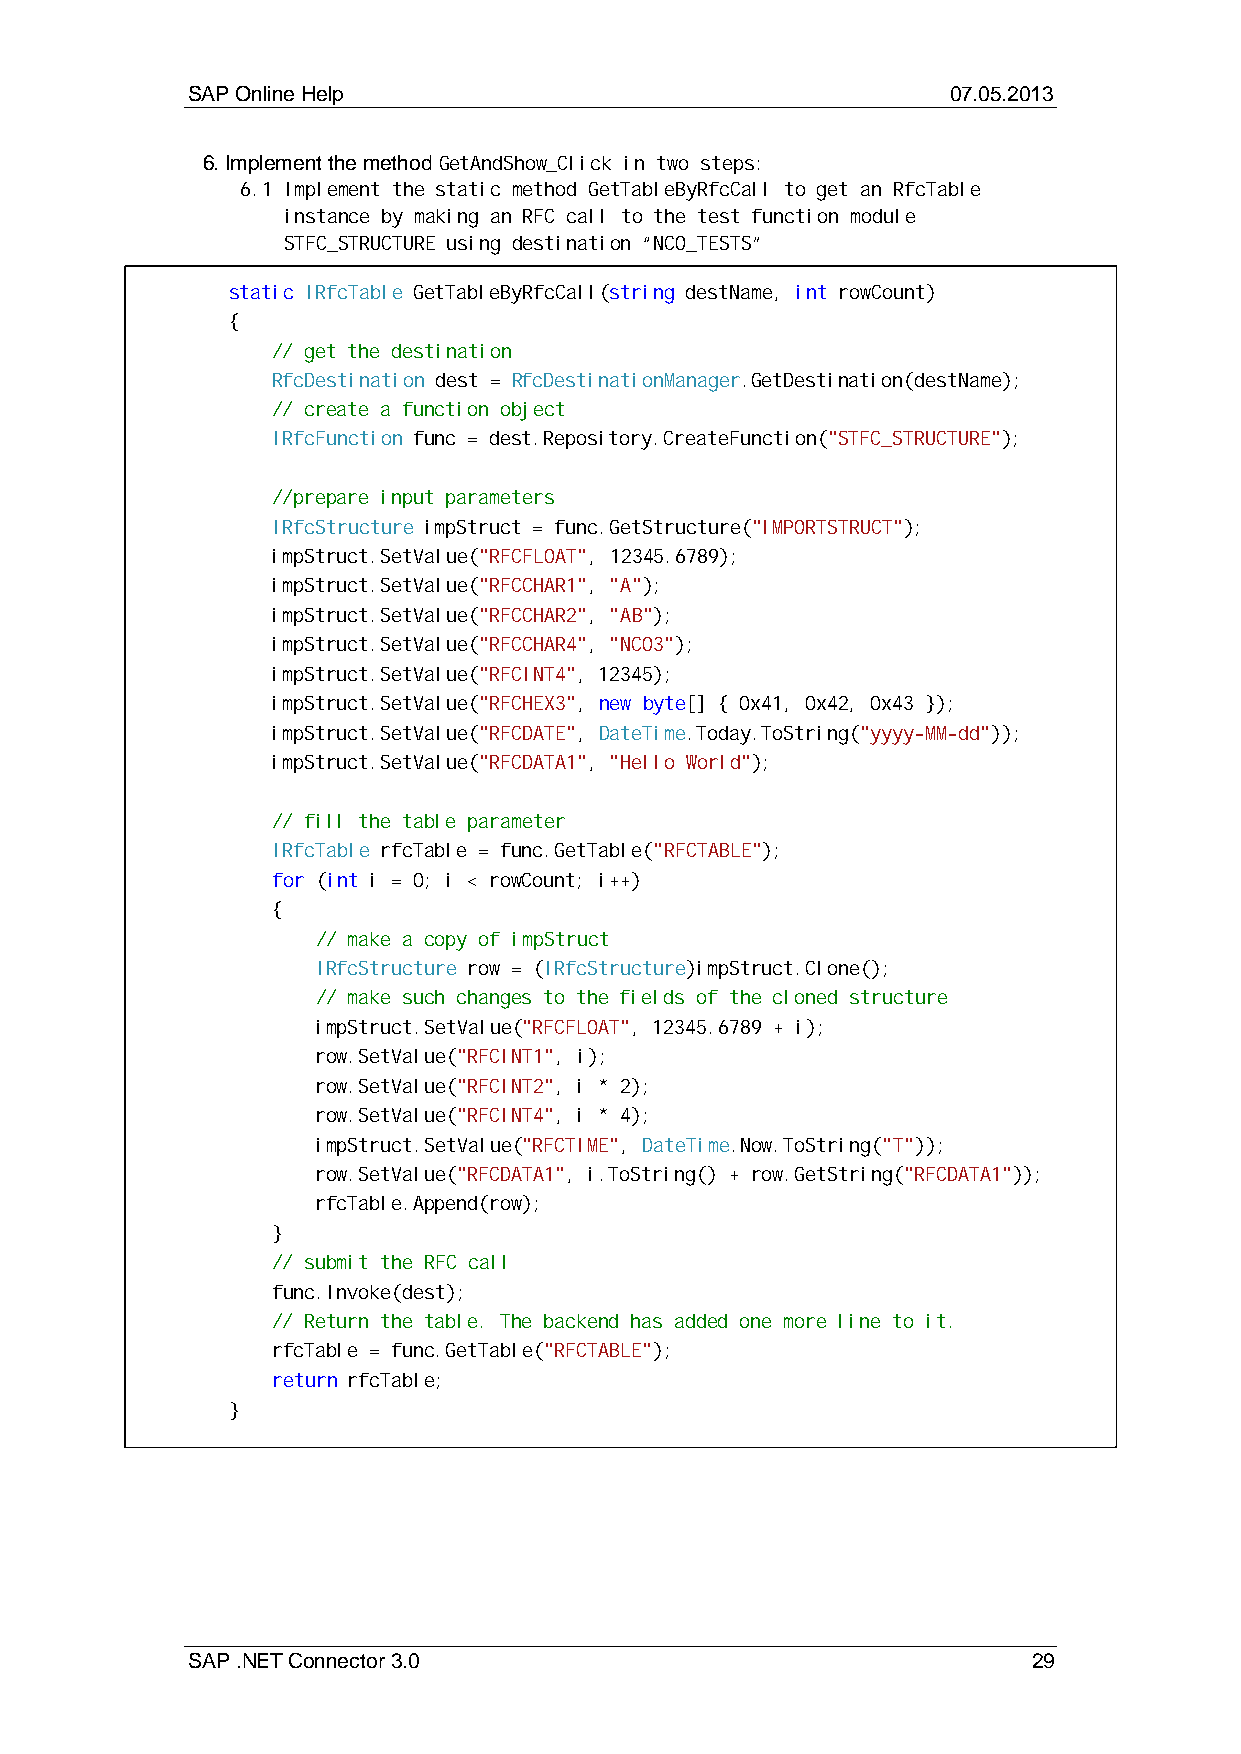
SAP Online Help                                    07.05.2013
 6. Implement the method GetAndShow_Click in two steps:
 6.1 Implement the static method GetTableByRfcCall to get an RfcTable
 instance by making an RFC call to the test function module
 STFC_STRUCTURE using destination “NCO_TESTS”
 static IRfcTable GetTableByRfcCall(string destName, int rowCount)
 {
 // get the destination
 Rf cDestination dest = RfcDestinationManager.GetDestination(destName);
 // create a function object
 IRfcFunction func = dest.Repository.CreateFunction("STFC_STRUCTURE");
 //prepare input parameters
 IR fcStructure impStruct = func.GetStructure("IMPORTSTRUCT");
 im pStruct.SetValue("RFCFLOAT", 12345.6789);
 impStruct.SetValue("RFCCHAR1", "A");
 impStruct.SetValue("RFCCHAR2", "AB");
 impStruct.SetValue("RFCCHAR4", "NCO3");
 im pStruct.SetValue("RFCINT4", 12345);
 im pStruct.SetValue("RFCHEX3", new byte[] { 0x41, 0x42, 0x43 });
 impStruct.SetValue("RFCDATE", DateTime.Today.ToString("yyyy-MM-dd"));
 impStruct.SetValue("RFCDATA1", "Hello World");
 // fill the table parameter
 IR fcTable rfcTable = func.GetTable("RFCTABLE");
 for (int i = 0; i < rowCount; i++)
 {
 // make a copy of impStruct
 IRfcStructure row = (IRfcStructure)impStruct.Clone();
 // make such changes to the fields of the cloned structure
 impStruct.SetValue("RFCFLOAT", 12345.6789 + i);
 row.SetValue("RFCINT1", i);
 row.SetValue("RFCINT2", i * 2);
 row.SetValue("RFCINT4", i * 4);
 impStruct.SetValue("RFCTIME", DateTime.Now.ToString("T"));
 row.SetValue("RFCDATA1", i.ToString() + row.GetString("RFCDATA1"));
 rfcTable.Append(row);
 }
 // submit the RFC call
 fu nc.Invoke(dest);
 // Return the table. The backend has added one more line to it.
 rfcTable = func.GetTable("RFCTABLE");
 return rfcTable;
 }
 SAP .NET Connector 3.0                                  29